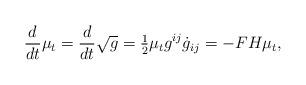
LaTeX: \begin{align*}\frac{d}{dt} \mu_t = \frac{d}{dt} \sqrt{g} = \tfrac{1}{2} \mu_t g^{ij} \dot{g}_{ij} = - FH \mu_t,\end{align*}